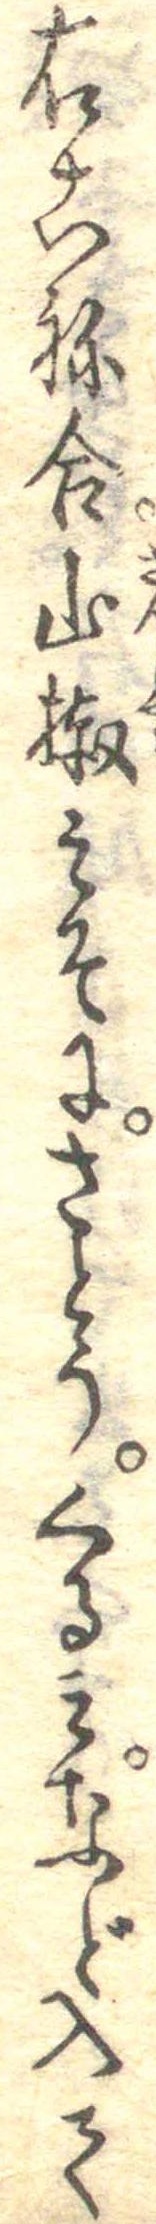
右こね合山椒みそにさとうくるみなど入て